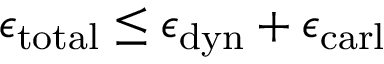
\epsilon _ { \mathrm { t o t a l } } \le \epsilon _ { \mathrm { d y n } } + \epsilon _ { \mathrm { c a r l } }